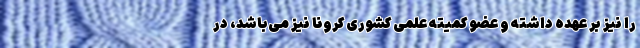
را نیز بر عهده داشته و عضو کمیته علمی کشوری کرونا نیز می‌باشد، در